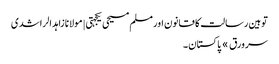
توہین رسالت کا قانون اور مسلم مسیحی یکجہتی | مولانا زاہد الراشدی
سرورق » پاکستان ۔